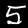
Label: 5